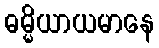
ဓမ္မိယာယမာနေ